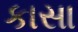
કાસા